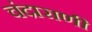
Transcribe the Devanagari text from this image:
चंदाराणी